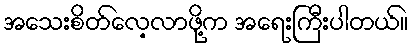
အသေးစိတ်လေ့လာဖို့က အရေးကြီးပါတယ်။